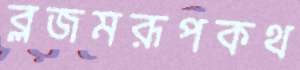
ব্লজমরূপকথ